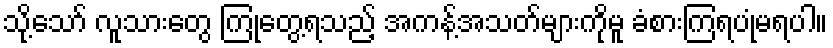
သို့သော် လူသားတွေ ကြုံတွေ့ရသည့် အကန့်အသတ်များကိုမူ ခံစားကြရပုံမရပါ။